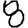
Digit: 8